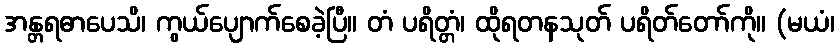
အန္တရဓာပေသိ၊ ကွယ်ပျောက်စေခဲ့ပြီ။ တံ ပရိတ္တံ၊ ထိုရတနသုတ် ပရိတ်တော်ကို။ (မယံ၊